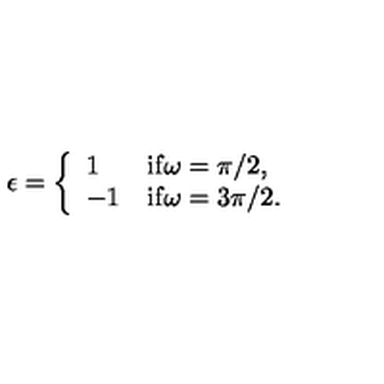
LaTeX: \epsilon = \left\{ \begin{array} { l l } { 1 } & { \mathrm { i f \omega = \pi / 2 } , } \\ { - 1 } & { \mathrm { i f \omega = 3 \pi / 2 } . } \\ \end{array} \right.